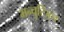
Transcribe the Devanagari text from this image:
मन्चुरिअन